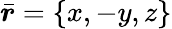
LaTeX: \bar{\boldsymbol{r}}=\{ x,-y,z\}